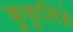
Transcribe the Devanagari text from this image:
कुकुलिडे